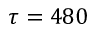
\tau = 4 8 0